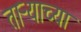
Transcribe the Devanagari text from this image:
ताऱ्‍याच्या